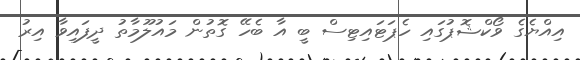
އިއްޔެގެ ވޯކްޝޮޕުގައި ހެޕަޓައިޓިސް ބީ އާ ބެހޭ ގޮތުން މައުލޫމާތު ދީފައިވާ އިރު